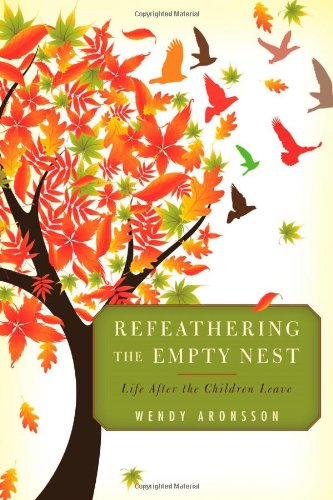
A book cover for Refeathering the Empty Nest: Life After the Children Leave; Wendy Aronsson; Parenting & Relationships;